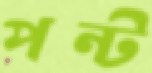
পন্ট